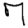
Digit: 7